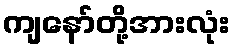
ကျနော်တို့အားလုံး